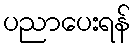
ပညာပေးရန်